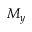
M _ { y }